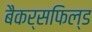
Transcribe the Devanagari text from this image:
बैकर्सफिल्ड